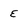
Character: E